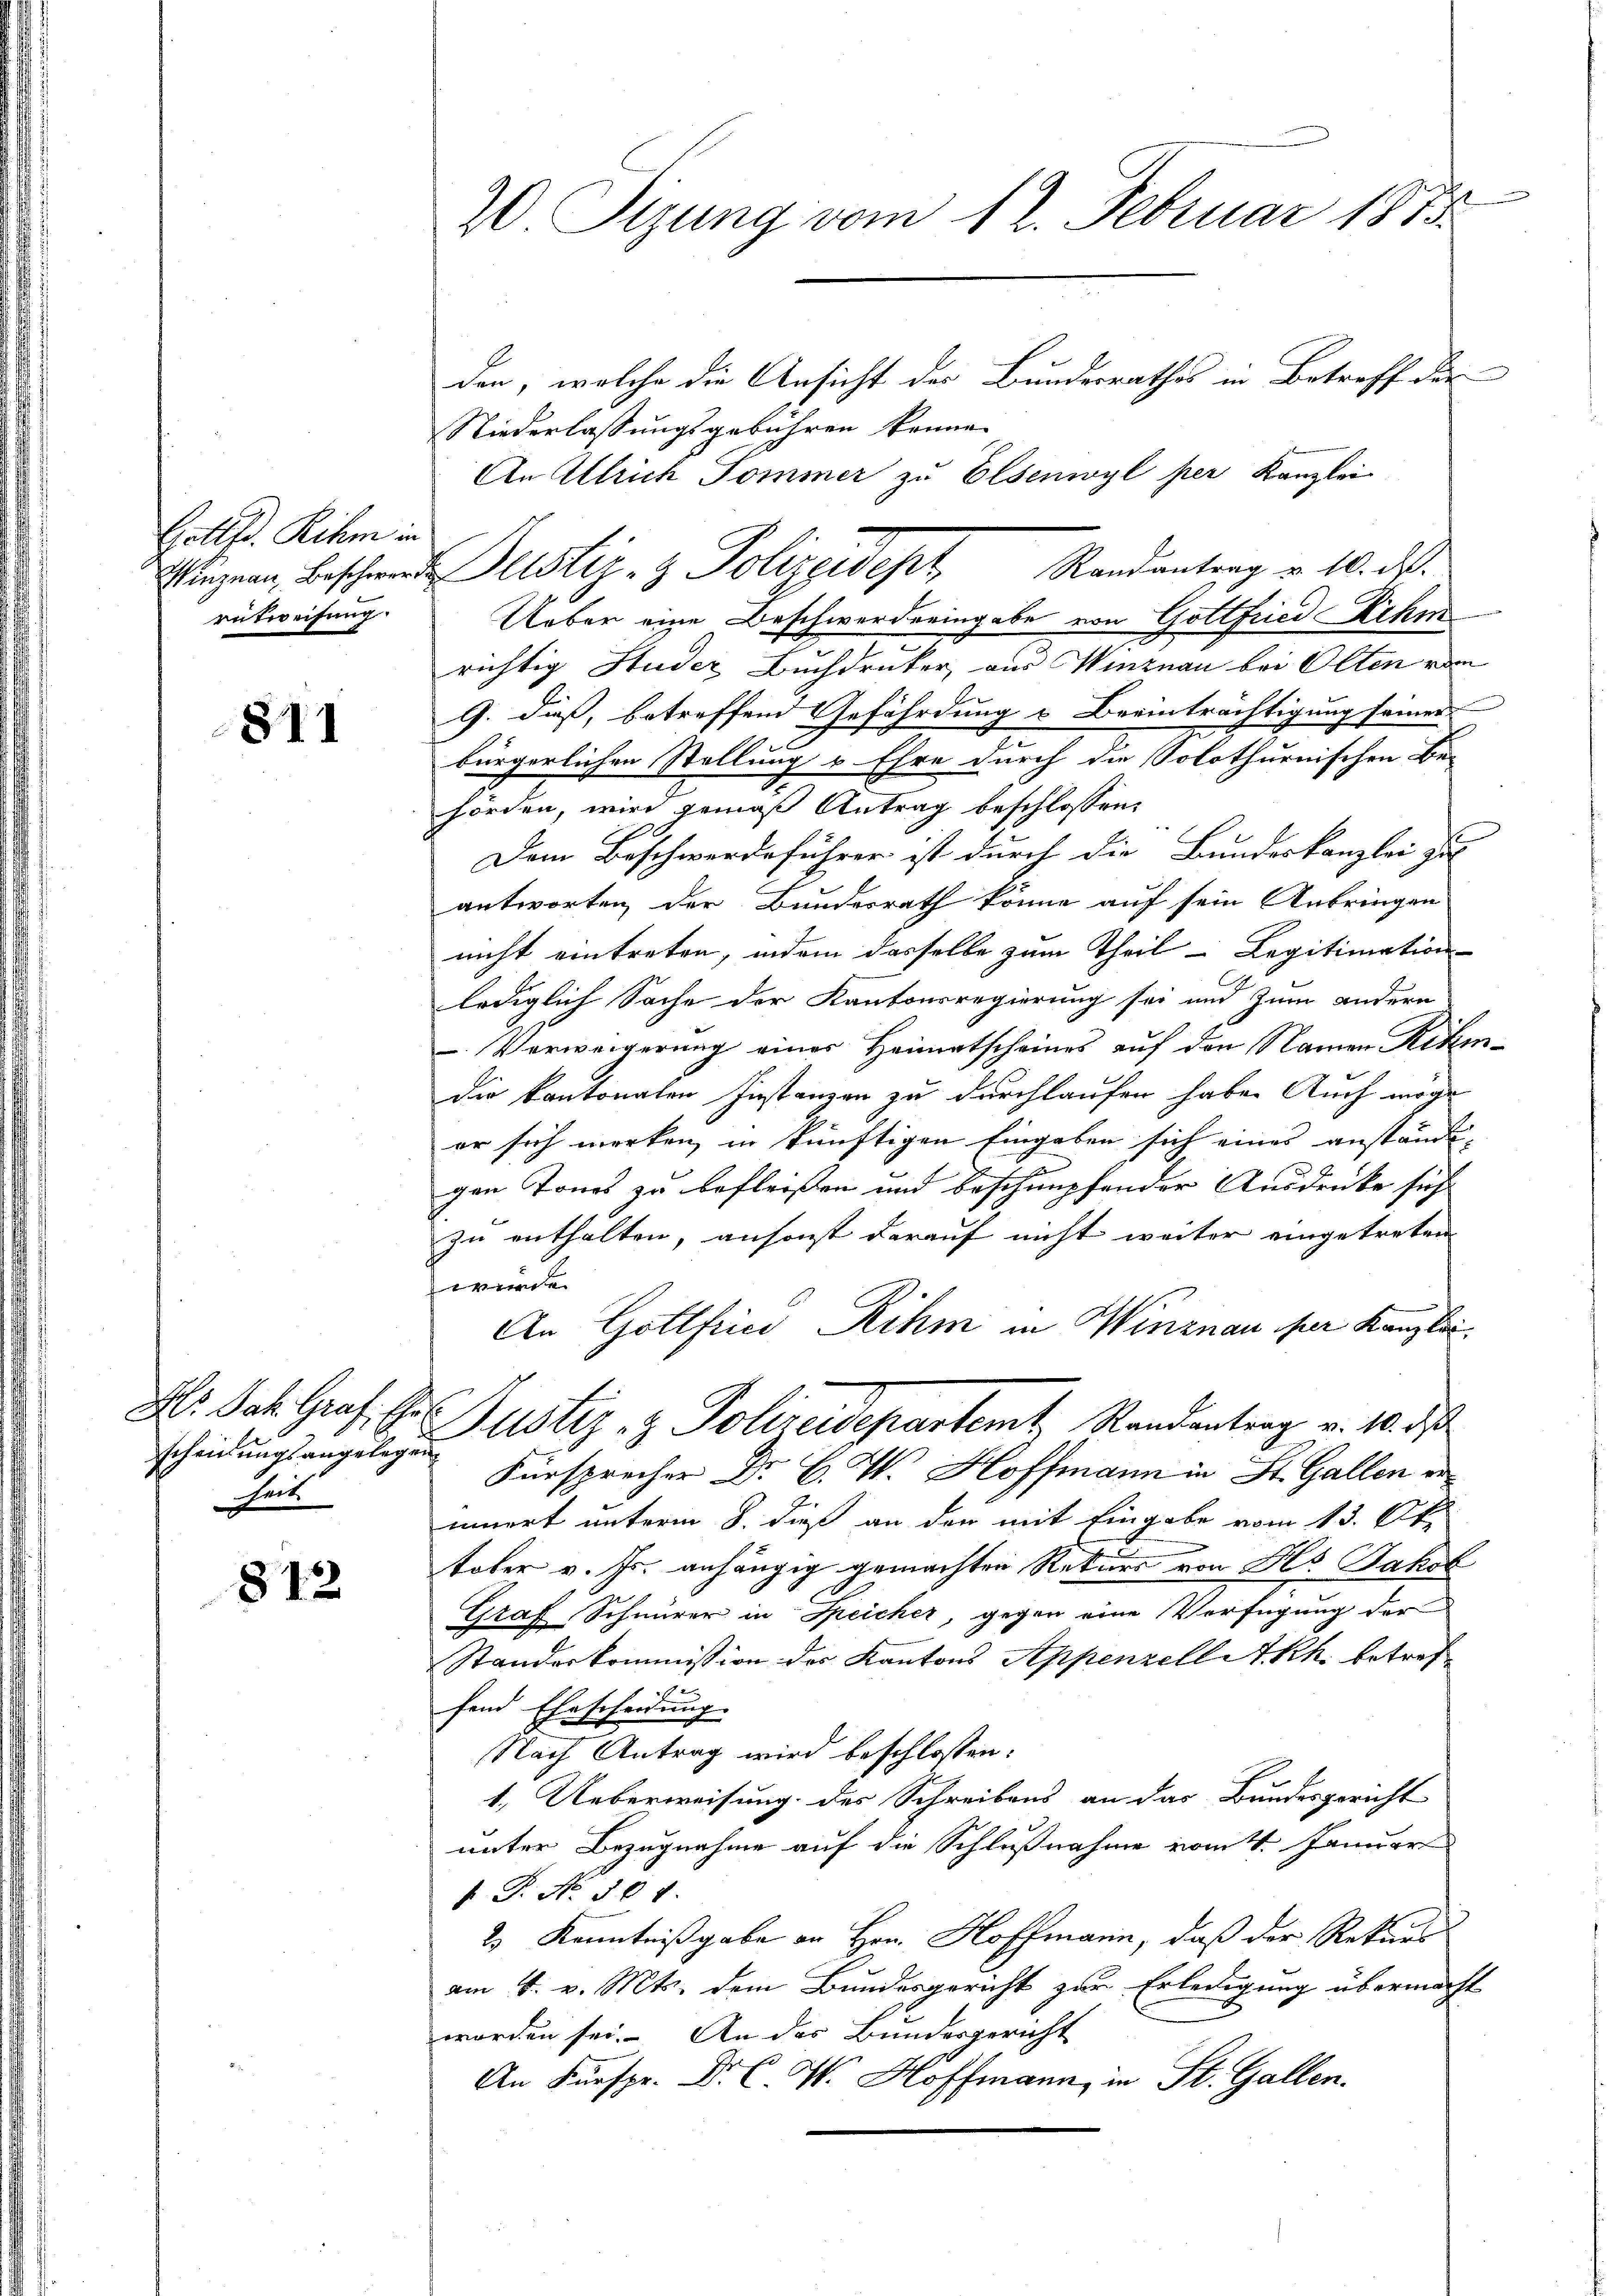
Gottfr. Rihm in
Winznau, Beschwere
entweisung.

811

M. Jak. Graf, Ehr
scheinungsangelegen
heit.

812

20 Sizung vom 12. Februar 1813.
den, welche die Ansicht des Bundesrathes in Betreff der

Niederlassungsgebühren könne.
An Ulrich Sommer zu Elsenwyl per Kanzlei
Ueber eine Beschwerdeeingabe von Gottfried ihm
richtig Studer Buchdruker, aus Winznau bei Olten vom
G. dieß, betreffend Gefährdung & Beeinträchtigung seiner
bürgerlichen Stellung v. Ehre durch die Solothurnischen Be-
hörden, wird gemäß Antrag beschlossen,
Dem Beschwerdeführer ist durch die Bundeskanzlei zu
antworten der Bundesrath könne auf sein Anbringen
nicht eintreten, indem dasselbe zum Theil Legitimation
lediglich Sache der Kantonsregierung sei und zum andern
.Verweigerung einer Heimatscheines auf den Namen Rike
die kantonalen Instanzen zu durchlaufen habe. Auch möge
er sich merken, in künftigen Eingaben sich eines anständi-
gen Tones zu befleißen und beschimpfender Ausdrucke sich
zu enthalten, ansonst darauf nicht weiter eingetreten
würde.
An Gottfried Rihm in Winznau der Kanzlei.
Dustiz- & Polizeidepartemt Randantrag v. 10. ds
ph Dr. Hoffmann in St. Gallen de
innert unterm 8. dieß an der mit Eingabe vom 13. Ap
tober v. Js. anhängig gemachten Rekurs von Hs. Jakob
Graf Schnürer in Speicher, gegen eine Verfügung der
Standeskommission der Kantons Appenzell Akk betref
.
fend Ehescheidung
Nach Antrag wird beschlossen:
1. Ueberweisung des Schreibens an das Bundesgericht
unter Bezugnahme auf die Schlußnahme vom 4. Januar
 P. No. 501.
2) Kenntnißgabe an Hrn. Hoffmann, daß der Rekurs
am 4. v. Mts. dem Bundesgericht zur Erledigung übermache
worden sei. An das Bundesgericht
An Fürspr. Dr. C. W. Hoffmann, in St. Gallen.

Justiz- & Polizeidept, Randantrag v. 10. ds.

e